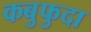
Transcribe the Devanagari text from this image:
कबुफुदा